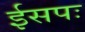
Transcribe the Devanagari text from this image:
ईसपः